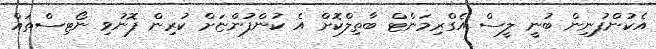
އެކުންފުނިން ބުނީ ލީސް އެގްރިމަންޓް ބާތިލްކޮށް އެ ކުންފުންޏަށް ކުރިން ފޮނުވި ނޯޓިސްތައް